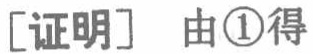
[证明] 由\textcircled{1}得